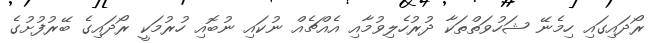
ރޯދައިގައި ހިމެނޭ ޝަހުވަތްތަކާ ދުރުހެލިވުމާއި އެއްޗެއް ނުކައި ނުބޮއި ހުރުމަކީ ރޯދައިގެ ބޭރުފުށުގެ